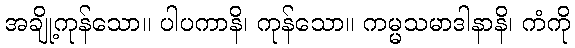
အချို့ကုန်သော။ ပါပကာနိ၊ ကုန်သော။ ကမ္မသမာဒါနာနိ၊ ကံကို